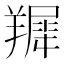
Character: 𦎾